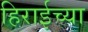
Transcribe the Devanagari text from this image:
हिराईच्या